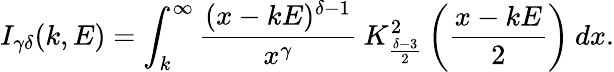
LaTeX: I_{\gamma\delta}(k,E)=\int_{k}^{\infty}\frac{(x-kE)^{\delta-1}}{x^{\gamma}}\: K_{\frac{\delta-3}{2}}^{2}\left(\frac{x-kE}{2}\right)\: dx.